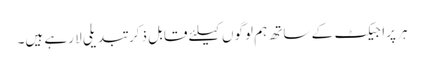
ہر پراجیکٹ کے ساتھ ہم لوگوں کیلئے قابل ذکر تبدیلی لا رہے ہیں۔